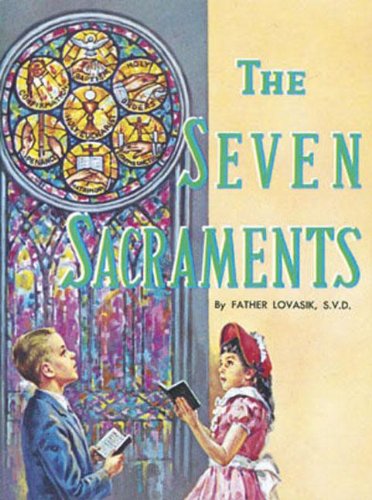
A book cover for The Seven Sacraments(Pack of 10); Lawrence G. Lovasik; Christian Books & Bibles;